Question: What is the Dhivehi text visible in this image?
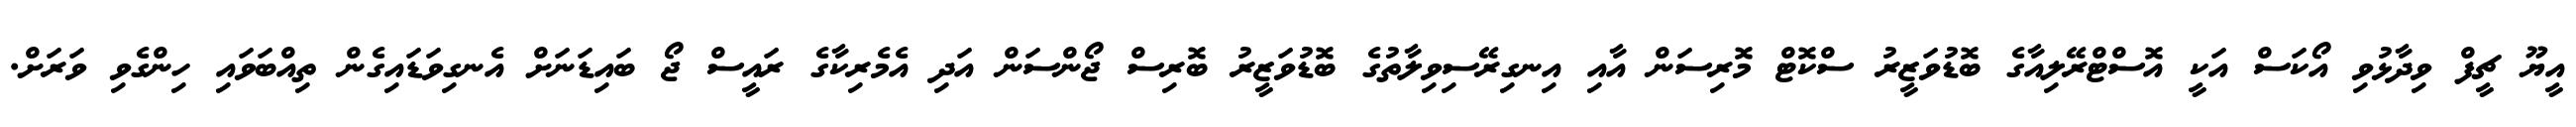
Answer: އީޔޫ ޗީފް ވިދާޅުވި އޯކަސް އަކީ އޮސްޓްރޭލިއާގެ ބޮޑުވަޒީރު ސްކޮޓް މޮރިސަން އާއި އިނގިރޭސިވިލާތުގެ ބޮޑުވަޒީރު ބޮރިސް ޖޯންސަން އަދި އެމެރިކާގެ ރައީސް ޖޯ ބައިޑަނަށް އެނގިވަޑައިގެން ތިއްބަވައި ހިންގެވި ވަރަށް.